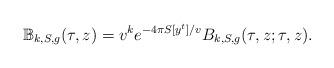
LaTeX: \begin{align*} \mathbb B_{k,S,g}(\tau,z)=v^{k}e^{-4\pi S[y^t]/v}B_{k,S,g}(\tau,z;\tau,z).\end{align*}